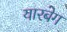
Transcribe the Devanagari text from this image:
यारबेग